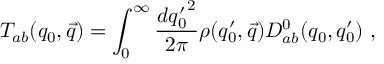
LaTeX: { \cal T } _ { a b } ( q _ { 0 } , \vec { q } ) = \int _ { 0 } ^ { \infty } \frac { d { q _ { 0 } ^ { \prime } } ^ { 2 } } { 2 \pi } \rho ( q _ { 0 } ^ { \prime } , \vec { q } ) { \cal D } _ { a b } ^ { 0 } ( q _ { 0 } , q _ { 0 } ^ { \prime } ) ~ ,